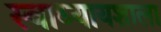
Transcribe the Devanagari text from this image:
स्वाध्यायशाला